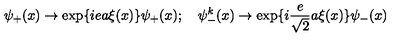
\psi _ { + } ( x ) \rightarrow \exp \{ i e a \xi ( x ) \} \psi _ { + } ( x ) ; \quad \psi _ { - } ^ { k } ( x ) \rightarrow \exp \{ i \frac { e } { \sqrt { 2 } } a \xi ( x ) \} \psi _ { - } ( x )